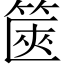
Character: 篋